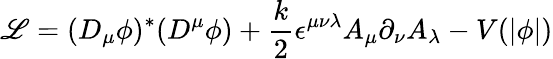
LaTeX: {\cal\mathscr{L}}=(D_{\mu}\phi)^{*}(D^{\mu}\phi)+\frac{{k}}{{2}}\epsilon^{\mu\nu\lambda}A_{\mu}\partial_{\nu}A_{\lambda}-V(\vert\phi\vert)